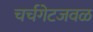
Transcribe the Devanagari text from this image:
चर्चगेटजवळ